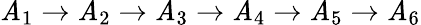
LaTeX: \mathit{A}_{1}\to\mathit{A}_{2}\to\mathit{A}_{3}\to\mathit{A}_{4}\to\mathit{A}_{5}\to\mathit{A}_{6}